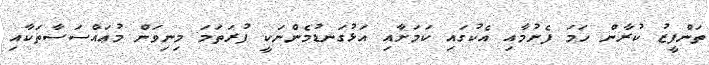
ތަންފީޒު ކުރާން ހަމަ ފެށުމާއި އެކުގައި ކަމަށާއި އަޅުގަނޑުމެންނަކީ ފުރަތަމަ މިނިވަން މުޢައްސަސާތަކާއި